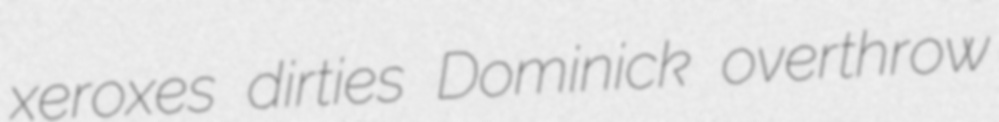
xeroxes dirties Dominick overthrow